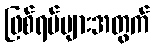
ဖြစ်ရပ်များအတွက်